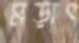
মড়াৎ